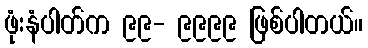
ဖုံးနံပါတ်က ၉၉- ၉၉၉၉ ဖြစ်ပါတယ်။